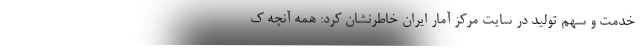
خدمت و سهم توليد در سايت مركز آمار ايران خاطرنشان كرد: همه آنچه ك